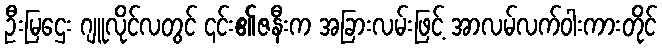
ဦးမြဌေး ဂျူလိုင်လတွင် ၎င်း၏ဇနီးက အခြားလမ်းဖြင့် အာလမ်လက်ဝါးကားတိုင်